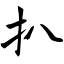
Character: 扒